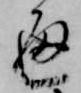
通